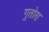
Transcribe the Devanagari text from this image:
गुतोरा